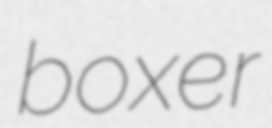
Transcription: boxer